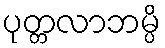
ပုတ္တလာဘမ္ပိ